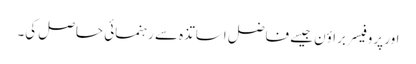
اور پروفیسر براؤن جیسے فاضل اساتذہ سے رہنمائی حاصل کی۔